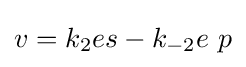
v=k_{2}es-k_{-2}e\ p